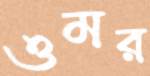
ওমর